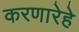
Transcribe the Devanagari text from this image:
करणारेहे